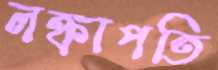
লঙ্কাপতি